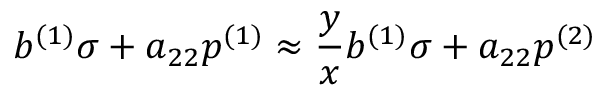
b ^ { ( 1 ) } \sigma + a _ { 2 2 } p ^ { ( 1 ) } \approx \frac { y } { x } b ^ { ( 1 ) } \sigma + a _ { 2 2 } p ^ { ( 2 ) }